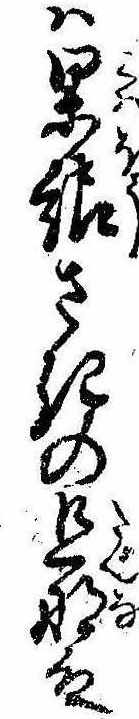
は果報さきの旦那殿